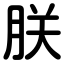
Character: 朕